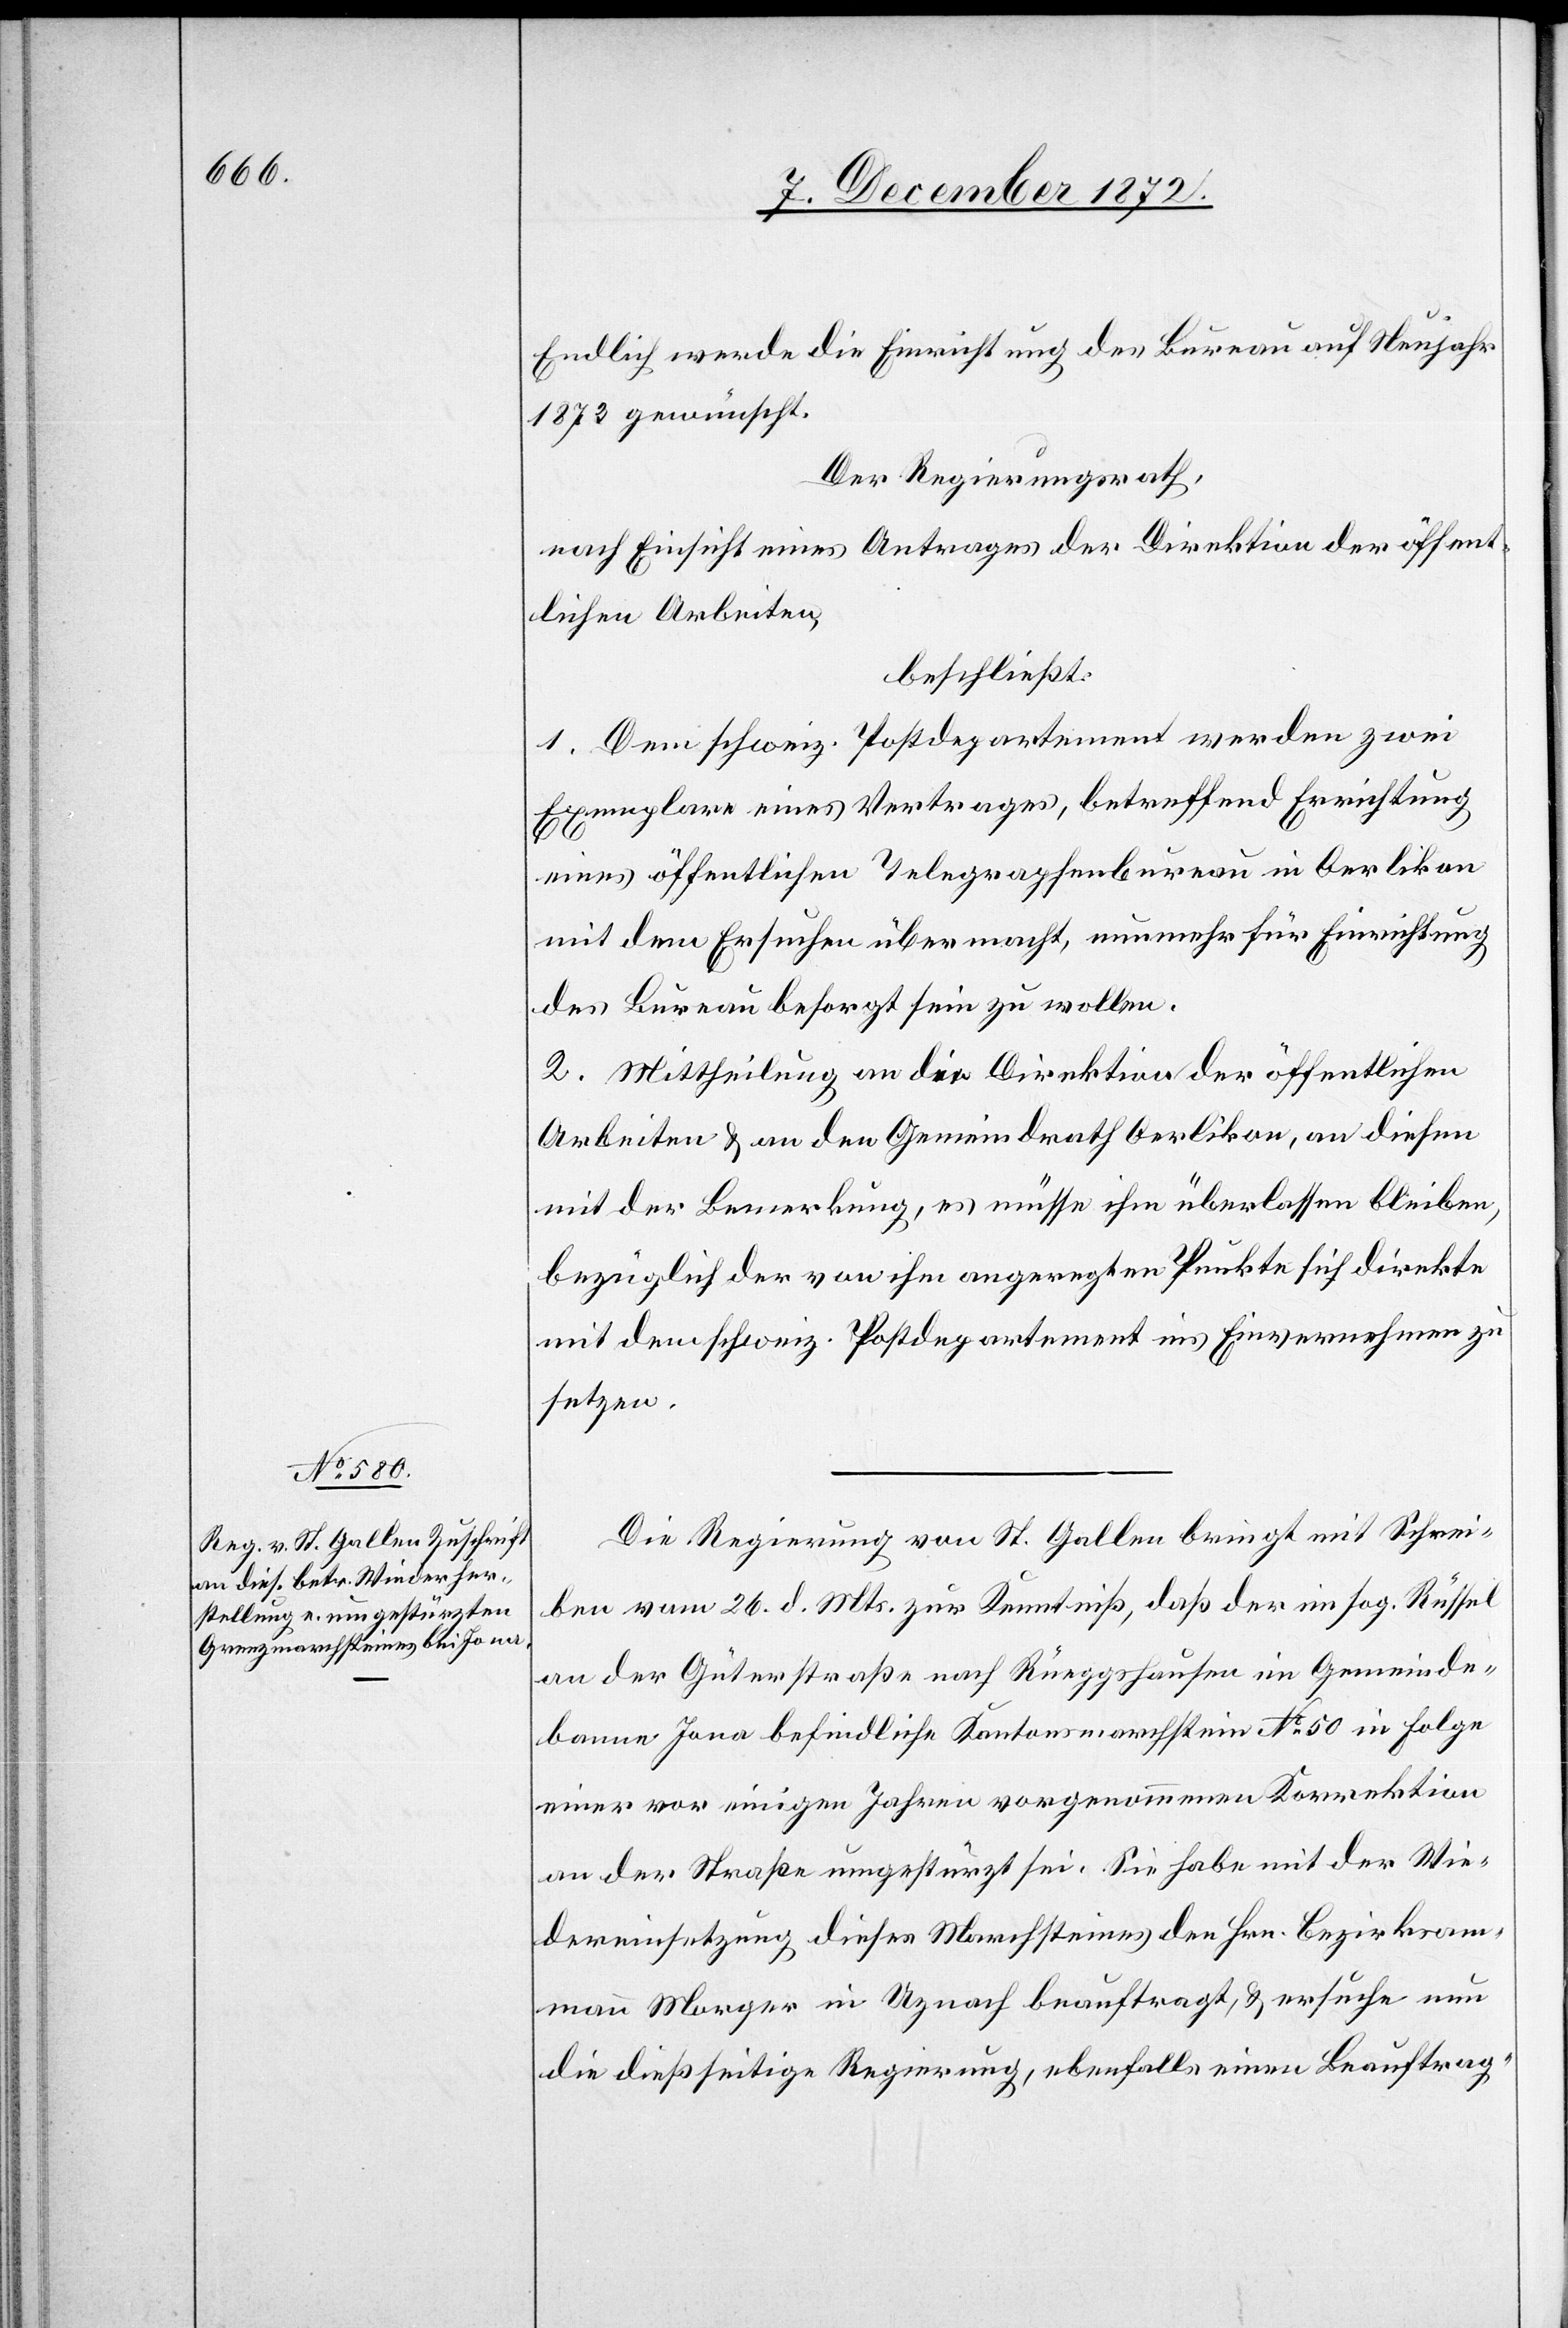
Endlich werde die Einrichtung des Bureau auf Neujahr
1873 gewünscht.
Der Regierungsrath,
nach Einsicht eines Antrages der Direktion der öffent¬
lichen Arbeiten,
beschließt:
1. Dem schweiz. Postdepartement werden zwei
Exemplare eines Vertrages, betreffend Errichtung
eines öffentlichen Telegraphenbureau in Oerlikon
mit dem Ersuchen übermacht, nunmehr für Einrichtung
des Bureau besorgt sein zu wollen.
2. Mittheilung an die Direktion der öffentlichen
Arbeiten u. an den Gemeindrath Oerlikon, an diesen
mit der Bemerkung, es müsse ihm überlassen bleiben,
bezüglich der von ihm angeregten Punkte sich direkte
mit dem schweiz. Postdepartement ins Einvernehmen zu
setzen.
Die Regierung von St. Gallen bringt mit Schrei¬
ben vom 26. d. Mts. zur Kenntniß, daß der im sog. Rüssel
an der Güterstraße nach Rüeggshausen im Gemeinde¬
banne Jona befindliche Kantonsmarchstein No 50 in Folge
einer vor einigen Jahren vorgenommenen Korrektion
an der Straße umgestürzt sei. Sie habe mit der Wie¬
dereinsetzung dieses Marchsteines den Hrn. Bezirksam¬
mann Morger in Uznach beauftragt, u. ersuche nun
die dießseitige Regierung, ebenfalls einen Beauftrag-